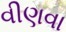
વીણવા